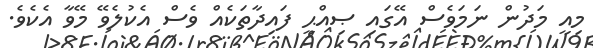
މިއީ މަދުން ނަމަވެސް އޭގައި ޞިއްޙީ ފައިދާތަކެއް ވެސް އެކުލެވޭ މޭވާ އެކެވެ.